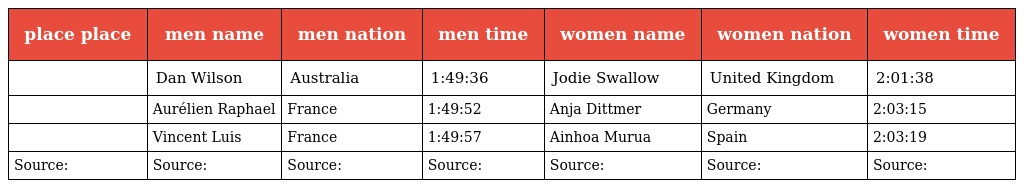
| place place | men name | men nation | men time | women name | women nation | women time |
 | --- | --- | --- | --- | --- | --- | --- |
 |  | Dan Wilson | Australia | 1:49:36 | Jodie Swallow | United Kingdom | 2:01:38 |
 |  | Aurélien Raphael | France | 1:49:52 | Anja Dittmer | Germany | 2:03:15 |
 |  | Vincent Luis | France | 1:49:57 | Ainhoa Murua | Spain | 2:03:19 |
 | Source: | Source: | Source: | Source: | Source: | Source: | Source: |